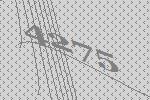
4275